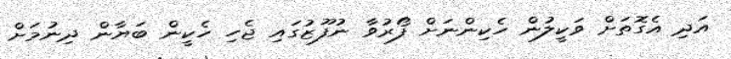
އަދި އެގޮތަށް ވަކީލުން ހެކިންނަށް ފޯރުވާ ނުފޫޒުގައި ޖެހި ހެކީން ބަޔާން ދިނުމަށް